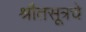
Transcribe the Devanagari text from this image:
श्रौतसूत्रचे